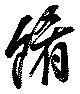
肴